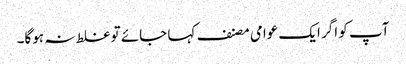
آپ کو اگر ایک عوامی مصنف کہا جائے تو غلط نہ ہوگا۔